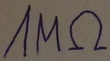
Text: 1MΩ